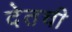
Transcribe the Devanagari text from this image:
देतची